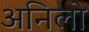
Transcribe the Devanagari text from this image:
अनिलो